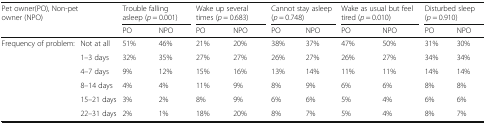
<table><thead><tr><td rowspan="2" colspan="2"><b>Pet owner(PO), Non-pet owner (NPO)</b></td><td colspan="2"><b>Trouble falling asleep (<i>p</i> = 0.001)</b></td><td colspan="2"><b>Wake up several times (<i>p</i> = 0.683)</b></td><td colspan="2"><b>Cannot stay asleep (<i>p</i> = 0.748)</b></td><td colspan="2"><b>Wake as usual but feel tired (<i>p</i> = 0.010)</b></td><td colspan="2"><b>Disturbed sleep (<i>p</i> = 0.910)</b></td></tr><tr><td><b>PO</b></td><td><b>NPO</b></td><td><b>PO</b></td><td><b>NPO</b></td><td><b>PO</b></td><td><b>NPO</b></td><td><b>PO</b></td><td><b>NPO</b></td><td><b>PO</b></td><td><b>NPO</b></td></tr></thead><tbody><tr><td rowspan="6">Frequency of problem:</td><td>Not at all</td><td>51%</td><td>46%</td><td>21%</td><td>20%</td><td>38%</td><td>37%</td><td>47%</td><td>50%</td><td>31%</td><td>30%</td></tr><tr><td>1–3 days</td><td>32%</td><td>35%</td><td>27%</td><td>27%</td><td>26%</td><td>27%</td><td>26%</td><td>27%</td><td>34%</td><td>34%</td></tr><tr><td>4–7 days</td><td>9%</td><td>12%</td><td>15%</td><td>16%</td><td>13%</td><td>14%</td><td>11%</td><td>11%</td><td>14%</td><td>14%</td></tr><tr><td>8–14 days</td><td>4%</td><td>4%</td><td>11%</td><td>9%</td><td>8%</td><td>9%</td><td>6%</td><td>6%</td><td>8%</td><td>8%</td></tr><tr><td>15–21 days</td><td>3%</td><td>2%</td><td>8%</td><td>9%</td><td>6%</td><td>6%</td><td>5%</td><td>4%</td><td>6%</td><td>6%</td></tr><tr><td>22–31 days</td><td>2%</td><td>1%</td><td>18%</td><td>20%</td><td>8%</td><td>7%</td><td>5%</td><td>4%</td><td>8%</td><td>7%</td></tr></tbody></table>